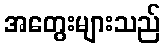
အတွေးများသည်